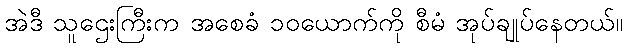
အဲဒီ သူဌေးကြီးက အစေခံ ၁၀ယောက်ကို စီမံ အုပ်ချုပ်နေတယ်။